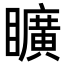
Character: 矌